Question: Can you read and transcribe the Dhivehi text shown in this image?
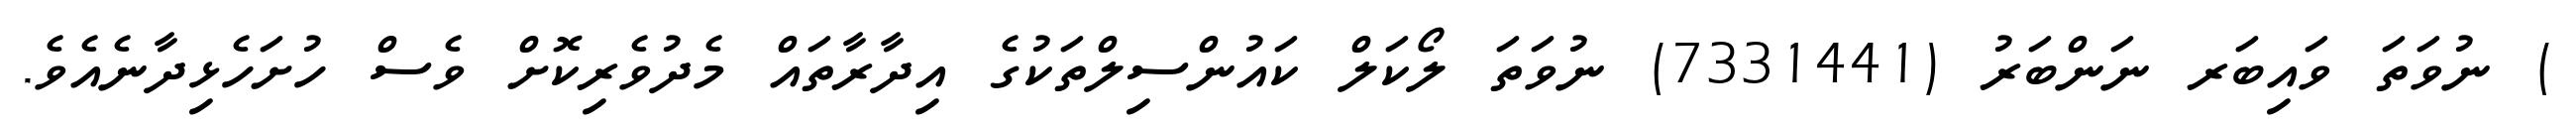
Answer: ) ނުވަތަ ވައިބަރ ނަންބަރު (7331441) ނުވަތަ ލޯކަލް ކައުންސިލްތަކުގެ އިދާރާތައް މެދުވެރިކޮށް ވެސް ހުށަހެޅިދާނެއެވެ.